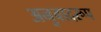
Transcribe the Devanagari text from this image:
अनुवादरूप